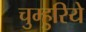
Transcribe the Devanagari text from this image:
चुम्हुरिये